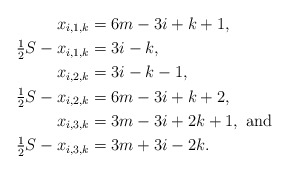
\begin{align*}x_{i,1,k} &= 6m-3i+k+1, \\\tfrac{1}{2} S -x_{i,1,k} &= 3i -k, \\x_{i,2,k} &= 3i-k-1, \\\tfrac{1}{2} S - x_{i,2,k} &= 6m-3i+k+2, \\x_{i,3,k} &= 3m-3i+2k+1, \mbox{ and } \\\tfrac{1}{2} S - x_{i,3,k} &= 3m+3i-2k. \end{align*}